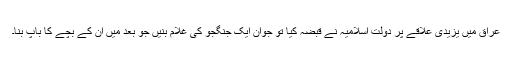
عراق میں یزیدی علاقے پر دولتِ اسلامیہ نے قبضہ کیا تو جُوان ایک جنگجو کی غلام بنیں جو بعد میں ان کے بچے کا باپ بنا۔